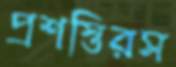
প্রশস্তিরস